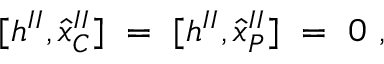
\lbrack h ^ { I I } , { \hat { x } } _ { C } ^ { I I } ] \ = \ [ h ^ { I I } , { \hat { x } } _ { P } ^ { I I } ] \ = \ 0 \ ,